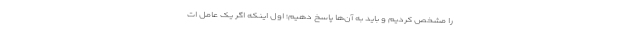
را مشخص کردیم و باید به آن‌ها پاسخ دهیم؛ اول اینکه اگر یک عامل ات